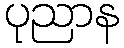
ပုညာန